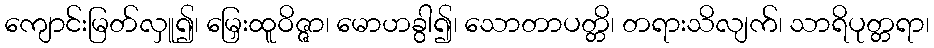
ကျောင်းမြတ်လှူ၍၊ မြှေးထူဝိဇ္ဇာ၊ မောဟခွါ၍၊ သောတာပတ္တိ၊ တရားသိလျက်၊ သာရိပုတ္တရာ၊